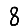
Digit: 8